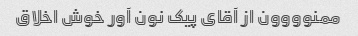
ممنوووون از آقای پیک نون آور خوش اخلاق